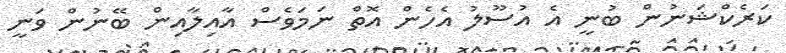
ކަރެކްޝަނުން ބުނީ އެ އުސޫލު އެހެން އޮތް ނަމަވެސް އާއިލާއިން ބޭނުން ވަނީ